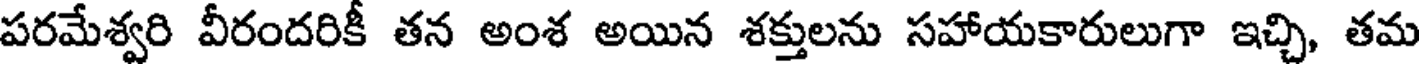
పరమేశ్వరి వీరందరికీ తన అంశ అయిన శక్తులను సహాయకారులుగా ఇచ్చి, తమ